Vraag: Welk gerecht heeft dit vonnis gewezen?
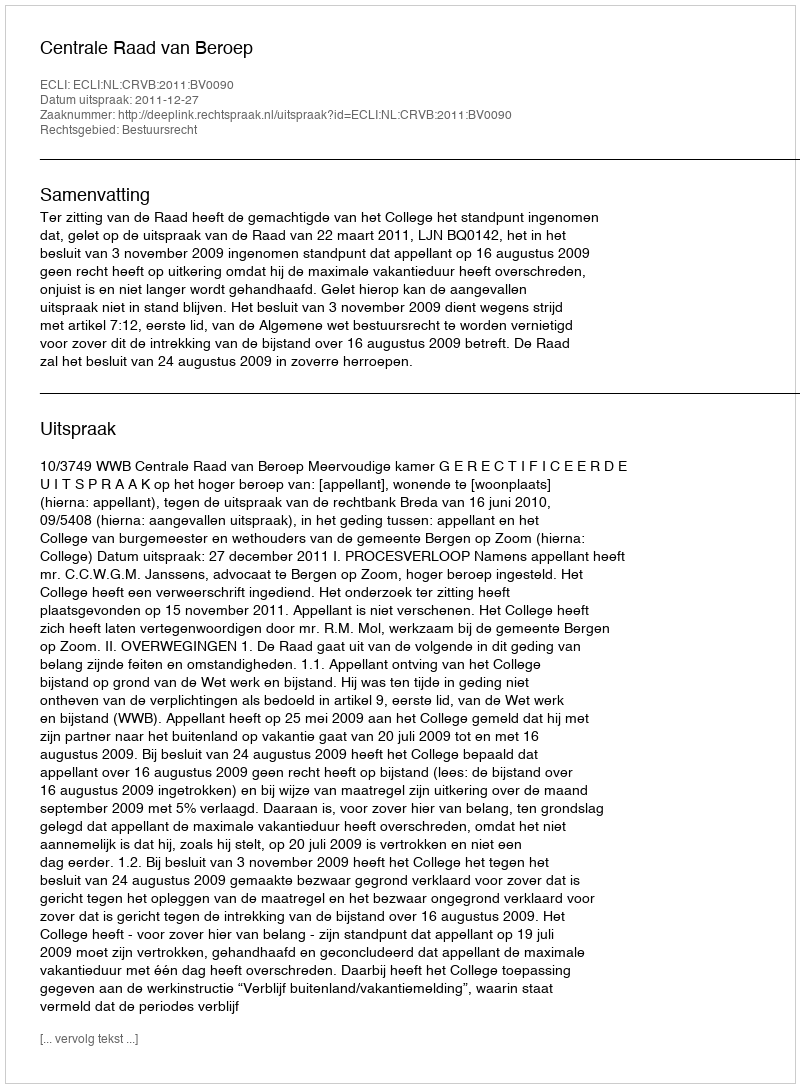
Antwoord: Centrale Raad van Beroep